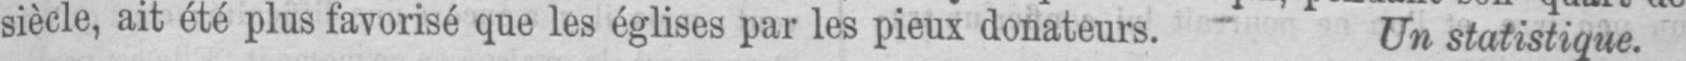
siècle, ait été plus favorisé que les églises par les pieux donateurs. Un statistique.